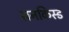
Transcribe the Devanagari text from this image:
सनकिस्ड